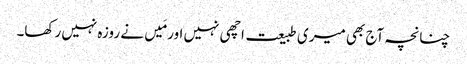
چنانچہ آج بھی میری طبیعت اچھی نہیں اور مَیں نے روزہ نہیں رکھا۔